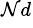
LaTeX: ^{\mathcal{N}d}